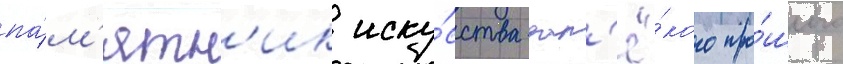
па́м'ятн'ик иску́сства дал'ё́кого про́шлого